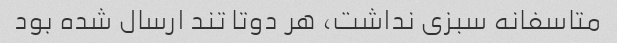
متاسفانه سبزی نداشت، هر دوتا تند ارسال شده بود